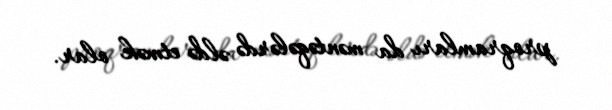
proqramları da məntəqələrdə əldə etmək olar.